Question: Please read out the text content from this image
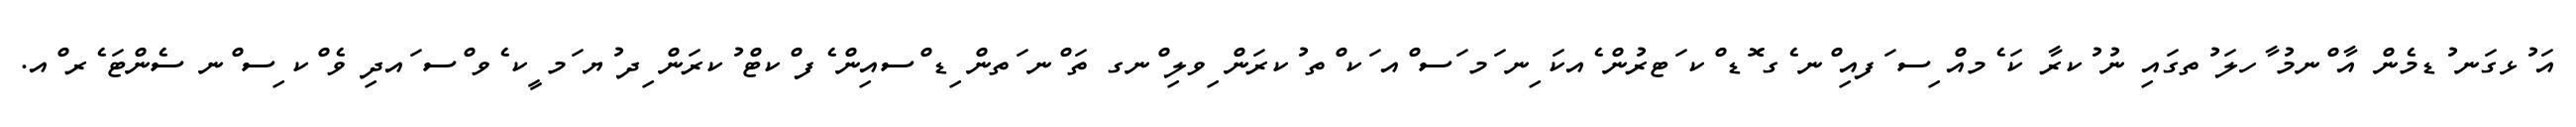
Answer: އަ ުޅގަނ ުޑމެން އާ ްނމު ާހލަ ުތގައި ނު ުކރާ ކަ ެމއް ިސ ަފއި ްނ ެގ ޮޑ ްކ ަޓރުން ެއކަ ިނ ަމ ަސ ްއ ަކ ްތ ުކރަން ިވލި ްނގ ތަ ްނ ަތން ިޑ ްސއިން ެފ ްކޓް ުކރަން ިދ ުޔ ަމ ީކ ެވ ްސ ައދި ވެ ްކ ިސ ްނ ސެންޓަ ެރ ްއ.